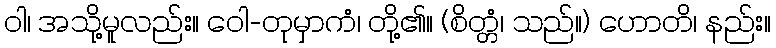
ဝါ၊ အသို့မူလည်း။ ဝေါ-တုမှာကံ၊ တို့၏။ (စိတ္တံ၊ သည်။) ဟောတိ၊ နည်း။